Vaccination in Bombay 1869-1873 - 1869-1873
Year: 1869
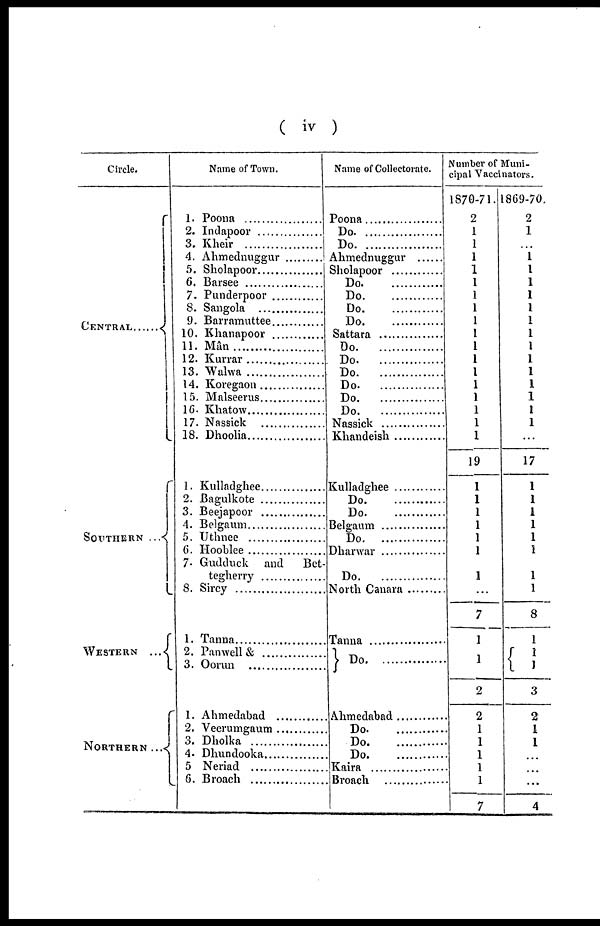
( iv )
Circle.
CENTRAL ........
SOUTHERN
...
WESTERN
...
NORTHERN ...
Name of Town.
1. Poona
2. Indapoor
3. Kheir
4. Ahmednuggur
5. Sholapoor
6. Barsee
7. Punderpoor
8. Sangola
9. Barramuttee ............
10. Khanapoor
............
11. Mân
12. Kurrar
13. Walwa
14. Koregaon
15. Malseerus
16. Khatow
17. Nassick
............
18. Dhoolia
1. Kulladghee
2. Bagulkote
3. Beejapoor
............
4. Belgaum
5. Uthnee
6. Hooblee
7. Gudduck and
Bet¬
tegherry
8. Sircy
1. Tanna
2. Panwell &
3. Oorun ............
1. Ahmedabad
2. Veerumgaum ............
3. Dholka
............
4. Dhundooka
5. Neriad
............
6.Broach ............
Name of Collectornte.
Poona
Do.
Do.
Ahmednuggur ...
Sholapoor
Do.
Do.
Do.
Do.
Sattara ............
Do.
Do.
Do.
Do.
............
Do.
............
Do.
............
Nassick ............
Khandeish ............
Kulladghee
Do.
............
Do.
............
Belgaum ............
Do.
............
Dharwar ............
Do.
............
North Canara ............
Tanna ............
Do.
............
Ahmedabad ............
Do.
............
Do.
............
Do.
............
Kaira ............
Broach ............
Number of ]
cipal Vacci
1870-71.
2
1
1
1
1
1
1
1
1
1
1
1
1
1
1
1
1
1
19
1
1
1
1
1
1
1
...
7
1
1
2
2
1
1
1
1
1
7
nators.
869-70.
2
1
...
1
1
1
1
1
1
1
1
1
1
1
1
1
1
...
17
1
1
1
1
1
1
1
1
8
1
1
1
3
2
1
1
...
...
...
4